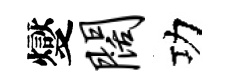
燮阔功